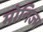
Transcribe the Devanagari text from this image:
मोनिज्म